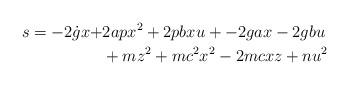
LaTeX: \begin{align*}s= -2 \dot{g}x+&2apx^2+2pbxu+-2gax-2gbu \\&+mz^2+mc^2x^2-2mcxz+nu^2\end{align*}